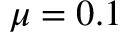
\mu = 0 . 1